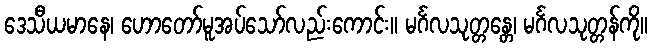
ဒေသီယမာနေ၊ ဟောတော်မူအပ်သော်လည်းကောင်း။ မင်္ဂလသုတ္တန္တေ၊ မင်္ဂလသုတ္တန်ကို။